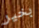
بخير